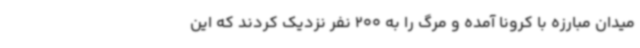
میدان مبارزه با کرونا آمده و مرگ را به 200 نفر نزدیک کردند که این